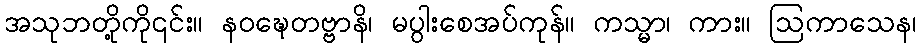
အသုဘတို့ကို၎င်း။ နဝဍ္ဎေတဗ္ဗာနိ၊ မပွါးစေအပ်ကုန်။ ကသ္မာ၊ ကား။ ဩကာသေန၊